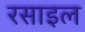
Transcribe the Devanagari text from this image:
रसाइल